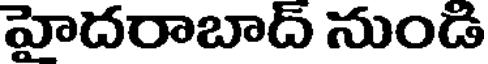
హైదరాబాద్ నుండి